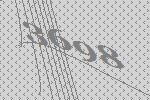
3698